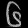
Digit: ၆